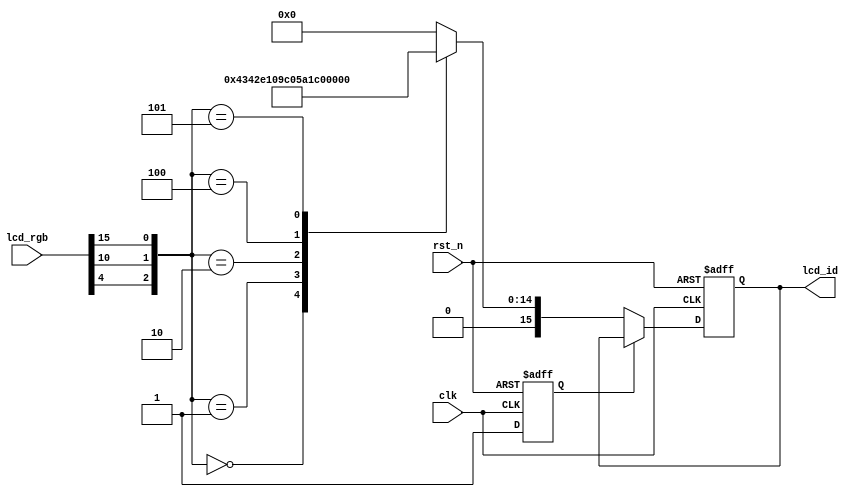
/*******************************************************************************

    @Author: H 
    @Associated Filename: rd_id.v
    @Purpose: read lcd screen id and type, (low level module)
    @Device: All 
    @Version: 1.0
    @Date: 2021/09/14 15:53:20

*******************************************************************************/

module rd_id(
    // System Clock
    input        clk,
    input        rst_n,

    // User Interface
    input       [15:0]      lcd_rgb,
    output reg  [15:0]      lcd_id
);
    // reg define
    reg     rd_flag;
    /*******************************************************************************
     *                                 Main Code
    *******************************************************************************/
    
    // read LCD id, M2: B4 M1: G5 M0: R4
    always @(posedge clk or negedge rst_n ) begin
        if(!rst_n)begin
            rd_flag <= 1'b0;
            lcd_id <= 16'b0;
        end
        else begin
            if (!rd_flag) begin
                rd_flag <= 1'b1;
                case ({lcd_rgb[4],lcd_rgb[10],lcd_rgb[15]})
                    3'b000: lcd_id <= 16'h4342;
                    3'b001: lcd_id <= 16'h7084;
                    3'b010: lcd_id <= 16'h7016;
                    3'b100: lcd_id <= 16'h4384;
                    3'b101: lcd_id <= 16'h1018;
                    default: lcd_id <= 16'b0;
                endcase 
            end
        end
    end
endmodule